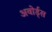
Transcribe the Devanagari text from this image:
अवोर्ड्स